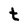
Character: t